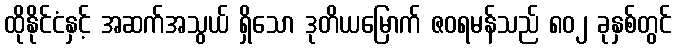
ထိုနိုင်ငံနှင့် အဆက်အသွယ် ရှိသော ဒုတိယမြောက် ဇဝရမန်သည် ၈၀၂ ခုနှစ်တွင်